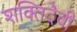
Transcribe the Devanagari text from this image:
शक्तिदेवी